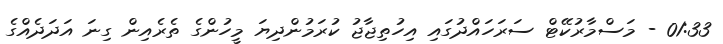
01:33 - މަސްމާރުކޭޓް ސަރަހައްދުގައި އިހުތިޖާޖު ކުރަމުންދިޔަ މީހުންގެ ތެރެއިން ގިނަ އަދަދެއްގެ